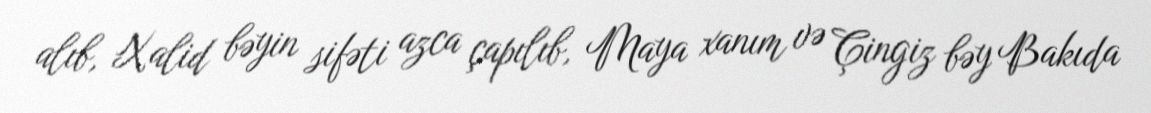
alıb, Xalid bəyin sifəti azca çapılıb, Maya xanım və Çingiz bəy Bakıda